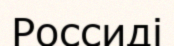
Россиді